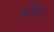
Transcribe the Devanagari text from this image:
कोंचेंगे